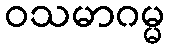
ဝသမာဂမ္မ